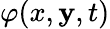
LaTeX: \varphi(x,\mathbf{y},t)